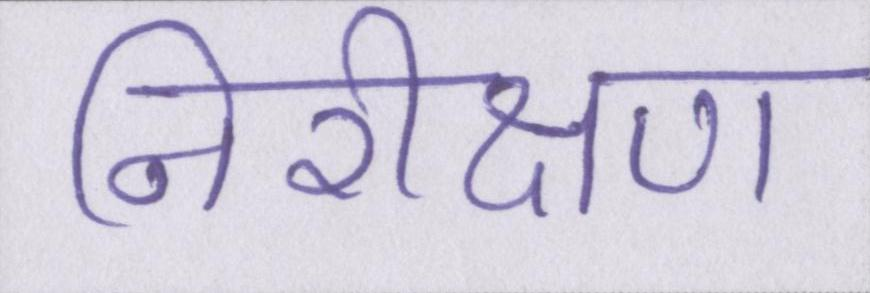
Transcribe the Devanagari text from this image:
निरीक्षण